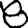
Digit: 8